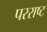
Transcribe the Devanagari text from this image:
परराष्ट